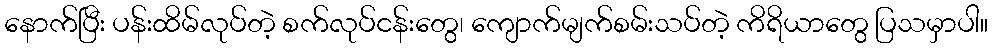
နောက်ပြီး ပန်းထိမ်လုပ်တဲ့ စက်လုပ်ငန်းတွေ၊ ကျောက်မျက်စမ်းသပ်တဲ့ ကိရိယာတွေ ပြသမှာပါ။